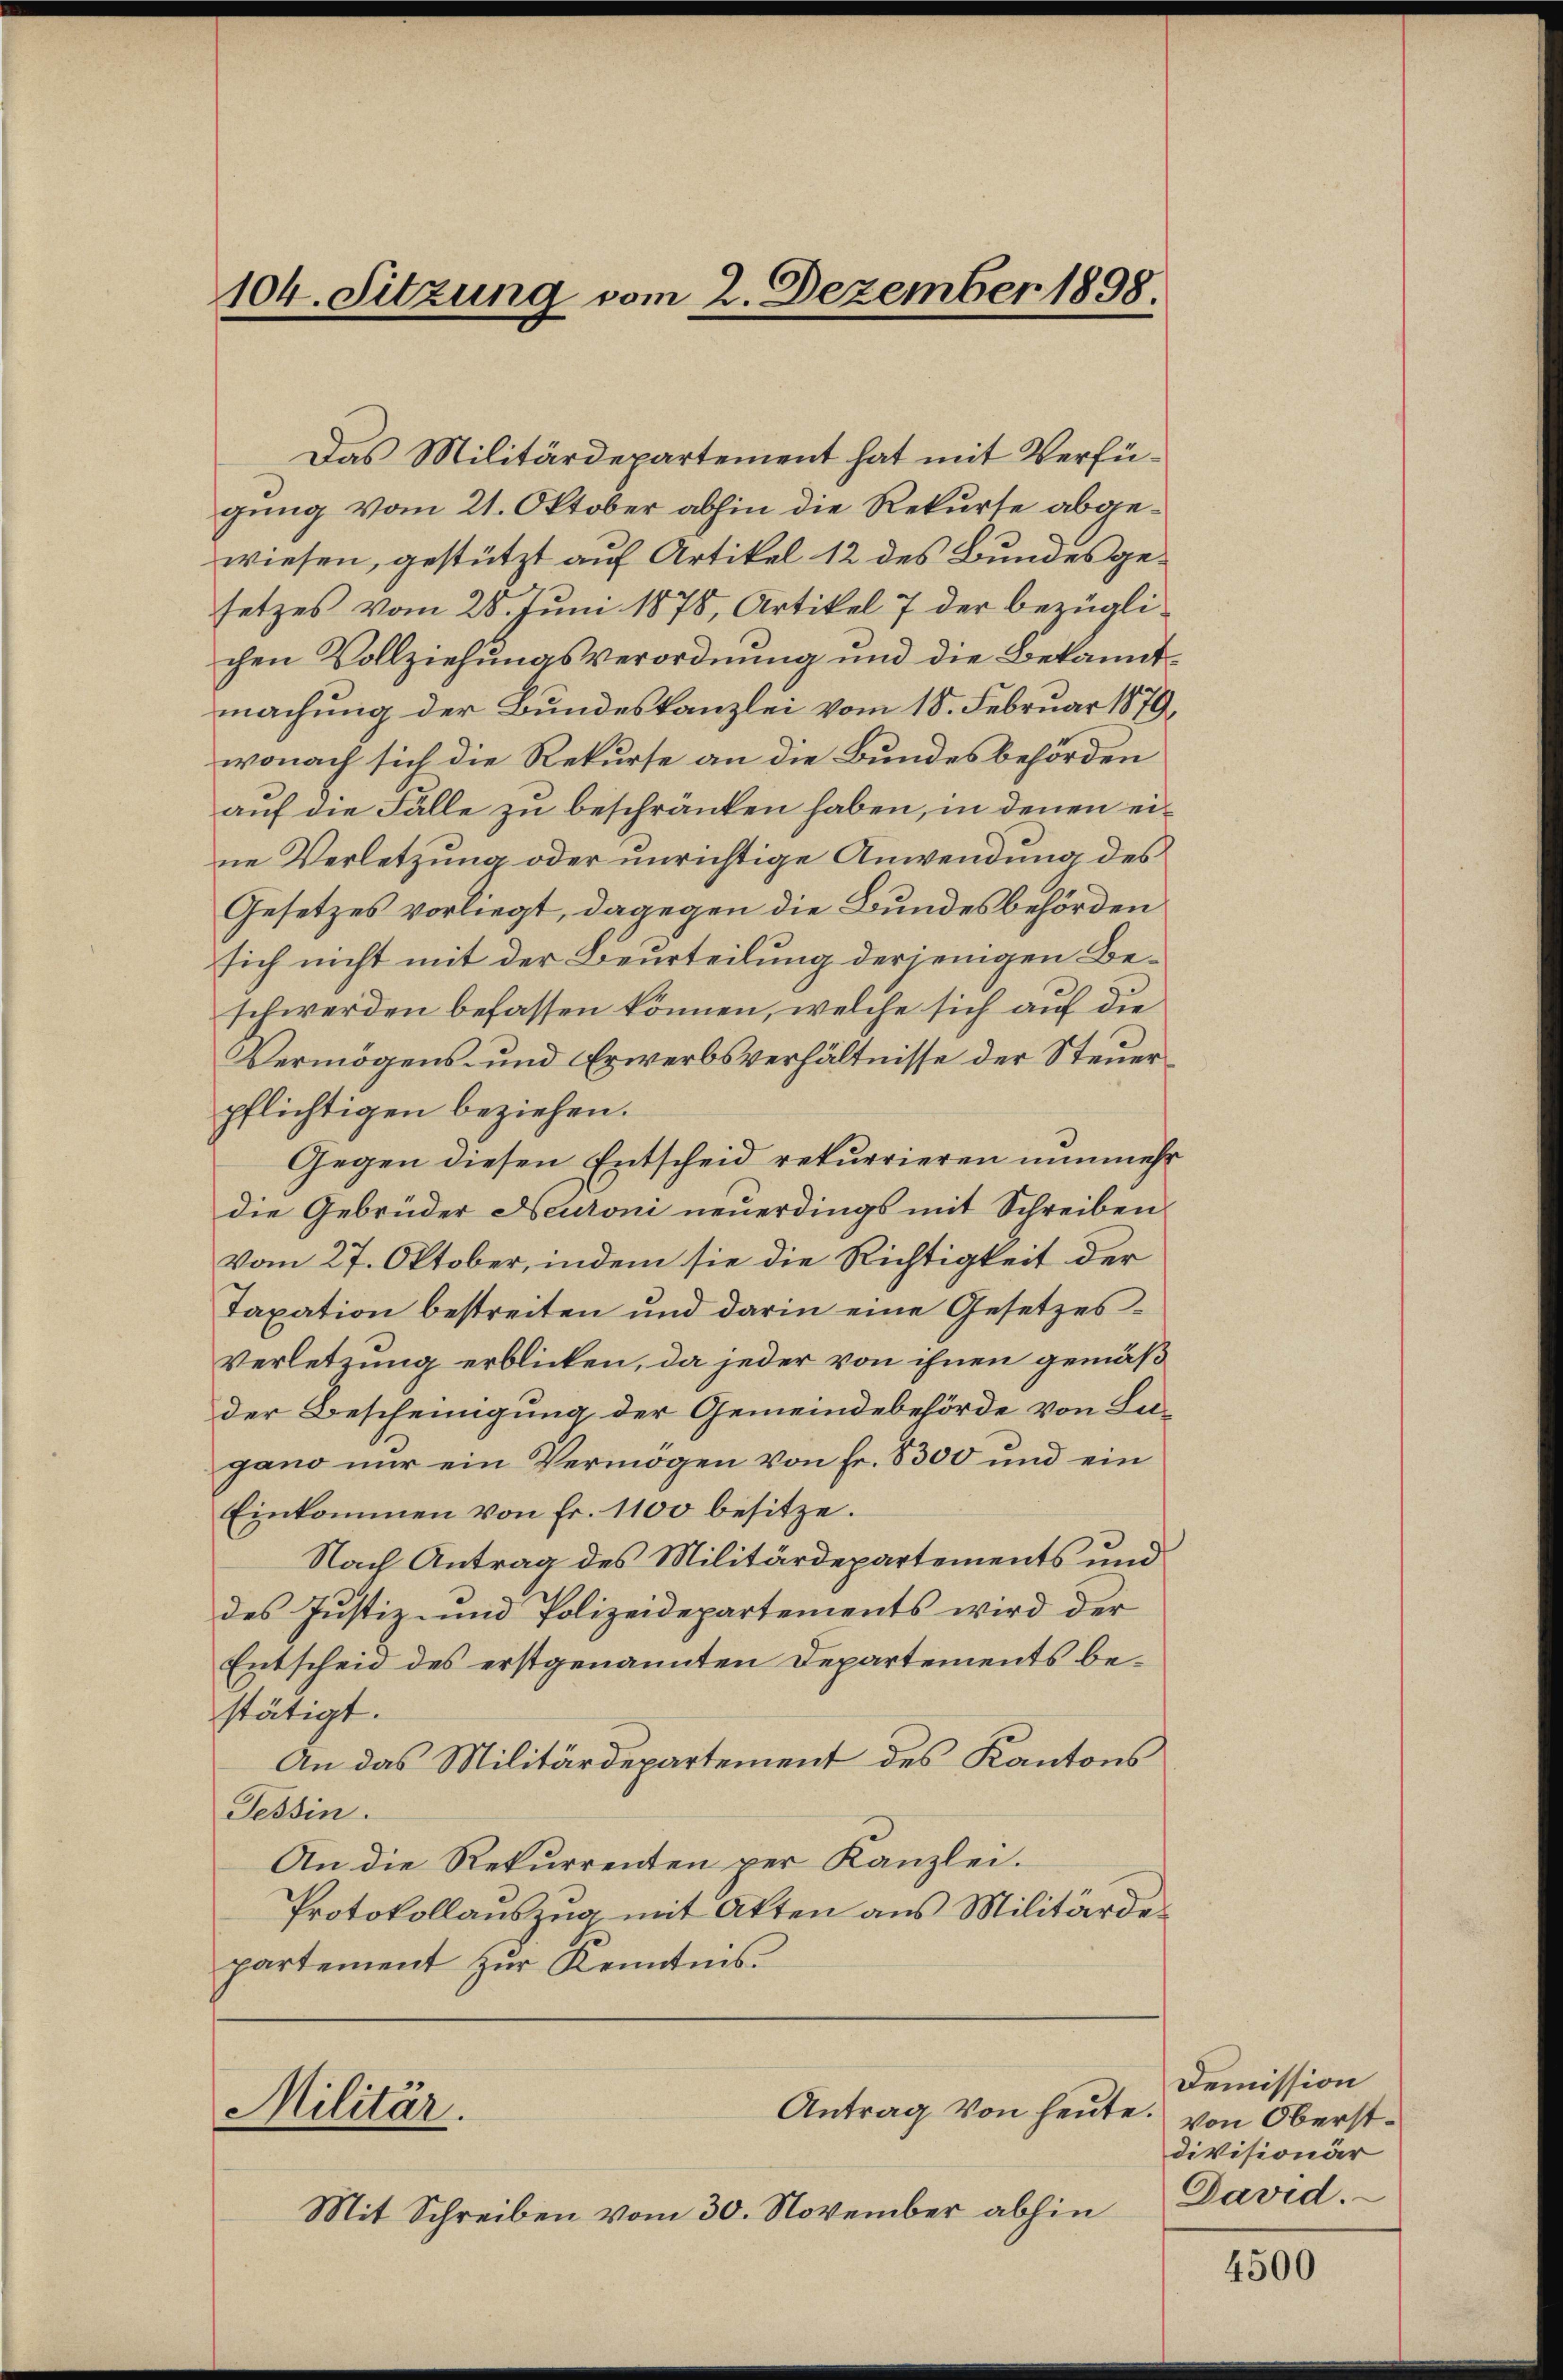
104. Sitzung vom 2. Dezember 1898.

Das Militärdepartement hat mit Verfügung vom 21. Oktober abhin die Rekurse abgewiesen, gestützt auf Artikel 12 des Bundesgesetzes vom 28. Juni 1878, Artikel 7 der bezüglichen Vollziehungsverordnung und die Bekanntmachung der Bundeskanzlei vom 18. Februar 1879,
wonach sich die Rekurse an die Bundesbehörden
auf die Falle zu beschränken haben, in denen eine Verletzung oder unrichtige Anwendung des
Gesetzes vorliegt, dagegen die Bundesbehörden
sich nicht mit der Beurteilung derjenigen Beschwerden befassen können, welche sich auf die
Vermögens- und Erwerbsverhältnisse der Steuerpflichtigen beziehen.
Gegen diesen Entscheid rekurrieren nunmehr
die Gebrüder Neutoni neuerdings mit Schreiben
Vom 27. Oktober, indem sie die Richtigkeit der
Taxation bestreiten und darin eine Gesetzes¬
Verletzung erblicken, da jeder von ihnen gemäß
der Bescheinigung der Gemeindebehörde von Lu-
gano nur ein Vermögen von Fr. 8300 und ein
Einkommen von Fr. 1100 besitze.
Nach Antrag des Militärdepartements und
des Justiz- und Polizeidepartements wird der
Entscheid des erstgenannten Departements bestätigt.
An das Militärdepartement des Kantons
Tessin.
An die Rekurrenten per Kanzlei.
Protokollauszug mit Akten aus Militärdepartement zur Kenntnis.

Militär.
Antrag von heute. von Oberst¬
Mit Schreiben vom 30. November abhin

Demission
divisionär
David.

4500